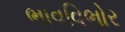
ભાવવિભોર